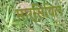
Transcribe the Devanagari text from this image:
मार्सियिल